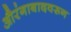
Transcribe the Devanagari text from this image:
औरंगाबादवरून